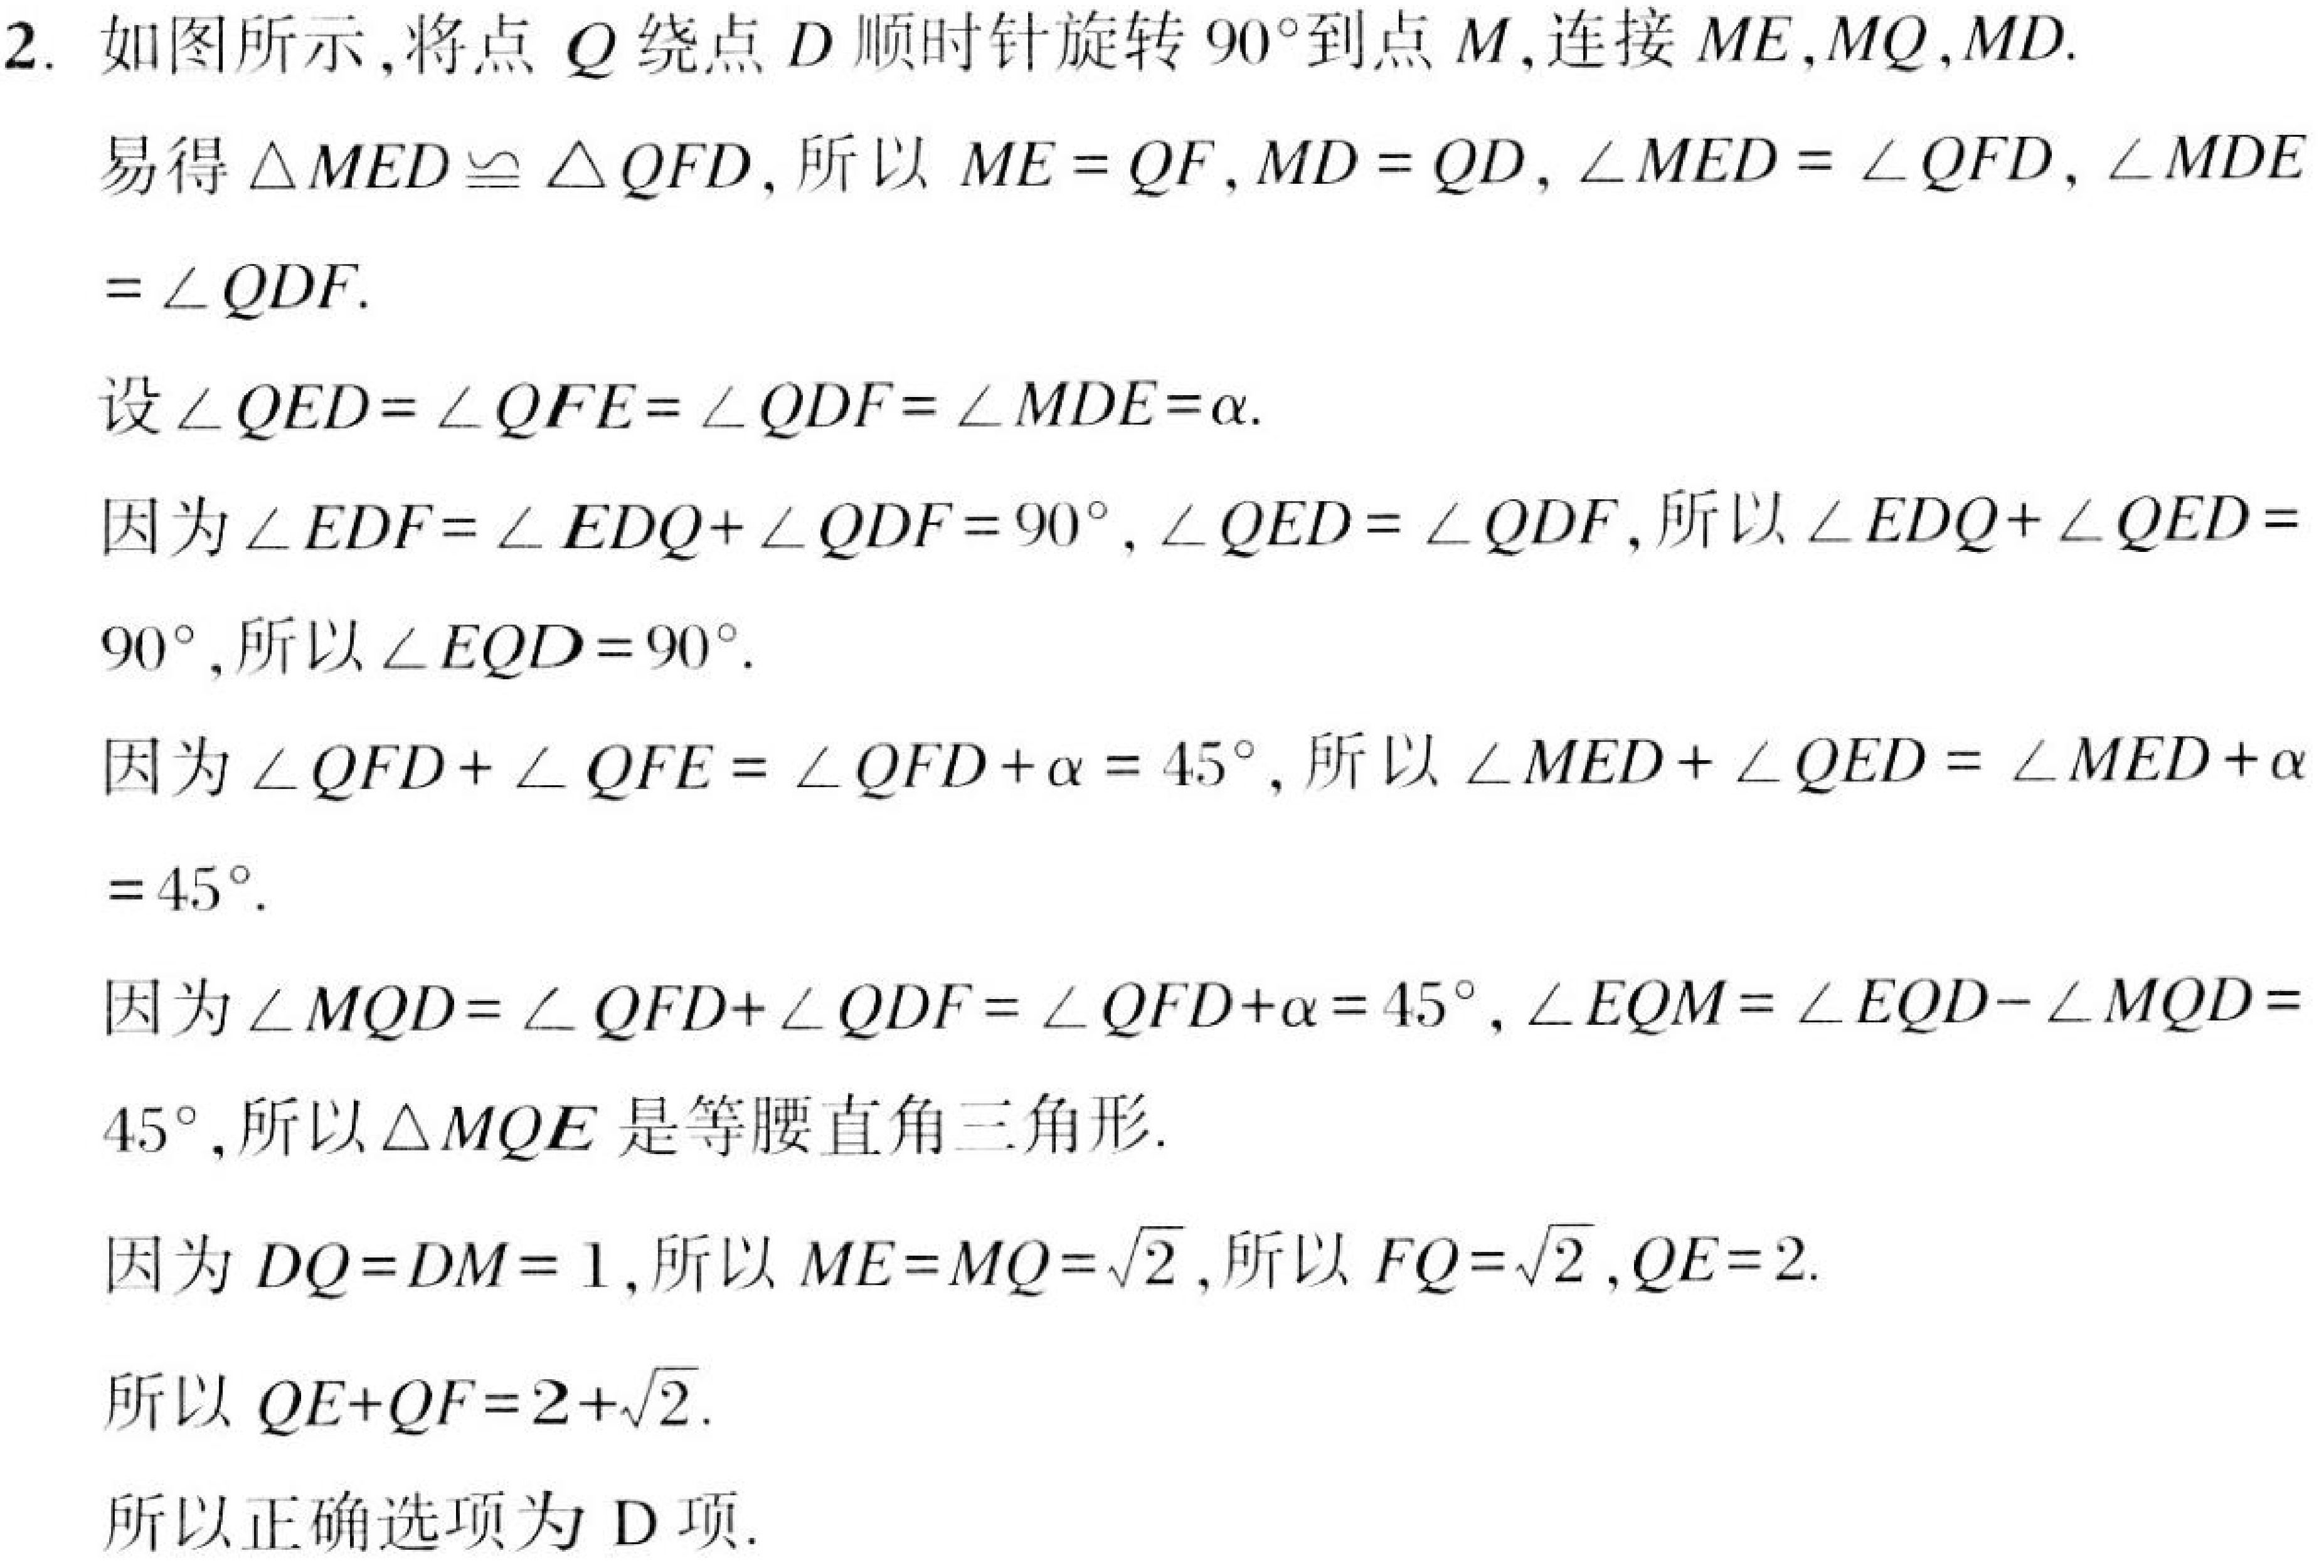
2. 如图所示,将点 \(Q\) 绕点 \(D\) 顺时针旋转 \(90^{\circ}\)到点 \(M\),连接 \(ME,MQ,MD\).
易得 \(\triangle MED\cong\triangle QFD\), 所以 \(ME = QF\), \(MD = QD\), \(\angle MED=\angle QFD\), \(\angle MDE\)
\(=\angle QDF\).
设 \(\angle QED=\angle QFE=\angle QDF=\angle MDE = \alpha\).
因为 \(\angle EDF=\angle EDQ+\angle QDF = 90^{\circ}\), \(\angle QED=\angle QDF\),所以 \(\angle EDQ+\angle QED =\)
\(90^{\circ}\),所以 \(\angle EQD = 90^{\circ}\).
因为 \(\angle QFD+\angle QFE=\angle QFD+\alpha = 45^{\circ}\), 所以 \(\angle MED+\angle QED=\angle MED+\alpha\)
\(= 45^{\circ}\).
因为 \(\angle MQD=\angle QFD+\angle QDF=\angle QFD+\alpha = 45^{\circ}\), \(\angle EQM=\angle EQD-\angle MQD =\)
\(45^{\circ}\),所以 \(\triangle MQE\) 是等腰直角三角形.
因为 \(DQ = DM = 1\),所以 \(ME = MQ=\sqrt{2}\),所以 \(FQ=\sqrt{2}\), \(QE = 2\).
所以 \(QE + QF=2+\sqrt{2}\).
所以正确选项为 D项.